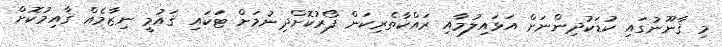
މި ޤާނޫނުގައި ކުޑަކުދިންނަށް އަޅައިލުމާއި ރައްކާތެރިކަން ފޯރުކޮށްދިނުމަށް ޓަކައި ޤައުމީ ނިޒާމެއް ޤާއިމުކޮށް